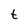
Character: t